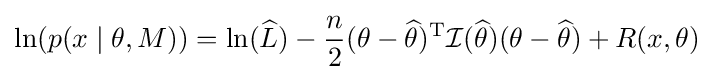
\ln(p(x\mid \theta ,M))=\ln({\widehat {L}})-{\frac {n}{2}}(\theta -{\widehat {\theta }})^{\operatorname {T} }{\mathcal {I}}({\widehat {\theta }})(\theta -{\widehat {\theta }})+R(x,\theta )